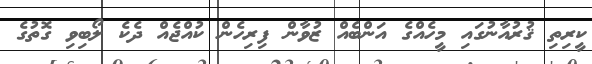
ކީރިތި ޤުރުއާނުގައި މީހެއްގެ އަންބެއް ޒުވާން ފިރިހެން ކުއްޖެއް ދެކެ ލޯބިވި ގޮތުގެ